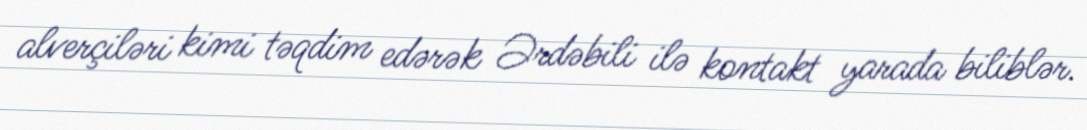
alverçiləri kimi təqdim edərək Ərdəbili ilə kontakt yarada biliblər.